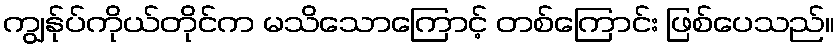
ကျွန်ုပ်ကိုယ်တိုင်က မသိသောကြောင့် တစ်ကြောင်း ဖြစ်ပေသည်။